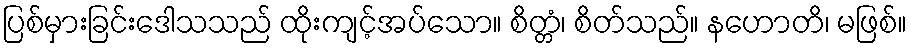
ပြစ်မှားခြင်းဒေါသသည် ထိုးကျင့်အပ်သော။ စိတ္တံ၊ စိတ်သည်။ နဟောတိ၊ မဖြစ်။